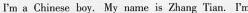
I'm a Chinese boy. My name is Zhang Tian. I'm